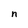
Character: n